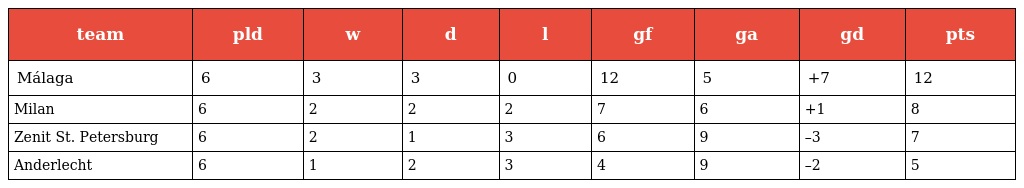
| team | pld | w | d | l | gf | ga | gd | pts |
 | --- | --- | --- | --- | --- | --- | --- | --- | --- |
 | Málaga | 6 | 3 | 3 | 0 | 12 | 5 | +7 | 12 |
 | Milan | 6 | 2 | 2 | 2 | 7 | 6 | +1 | 8 |
 | Zenit St. Petersburg | 6 | 2 | 1 | 3 | 6 | 9 | –3 | 7 |
 | Anderlecht | 6 | 1 | 2 | 3 | 4 | 9 | –2 | 5 |